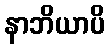
နာဘိယာပိ